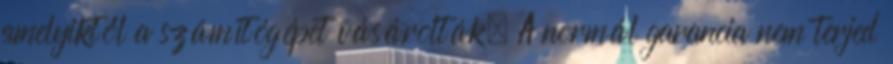
amelyiktől a számítógépet vásárolták. A normál garancia nem terjed